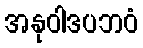
အနုဝါဒပဘဝံ